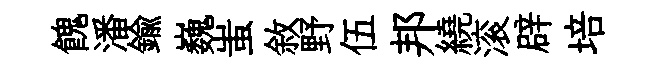
餽潘鍮巍蚩敘野伍邦繞滚辟培